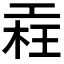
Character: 𣒳